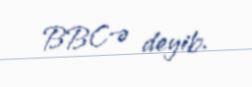
BBC-ə deyib.